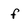
Character: f